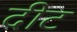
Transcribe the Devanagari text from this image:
दीट